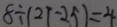
8 \div ( 2 7 - 2 5 ) = 4